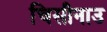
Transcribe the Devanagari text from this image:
चिसीनाउ